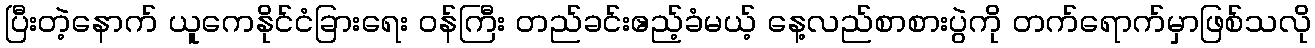
ပြီးတဲ့နောက် ယူကေနိုင်ငံခြားရေး ဝန်ကြီး တည်ခင်းဧည့်ခံမယ့် နေ့လည်စာစားပွဲကို တက်ရောက်မှာဖြစ်သလို